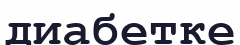
диабетке